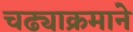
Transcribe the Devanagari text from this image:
चढ्याक्रमाने